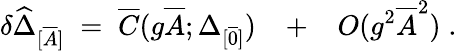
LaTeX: \delta\widehat{\Delta}_{[\overline{{{A}}}]}\; =\; \overline{{{C}}}(g\overline{{{A}}};\Delta_{[\overline{{{0}}}]})\; \; \; +\; \; \; O(g^{2}\overline{{{A}}}^{2})\; .